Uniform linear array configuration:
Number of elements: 8
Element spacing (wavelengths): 0.75
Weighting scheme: blackman
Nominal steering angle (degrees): -60
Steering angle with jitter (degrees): -60.273
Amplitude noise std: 0.05
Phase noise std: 0.05

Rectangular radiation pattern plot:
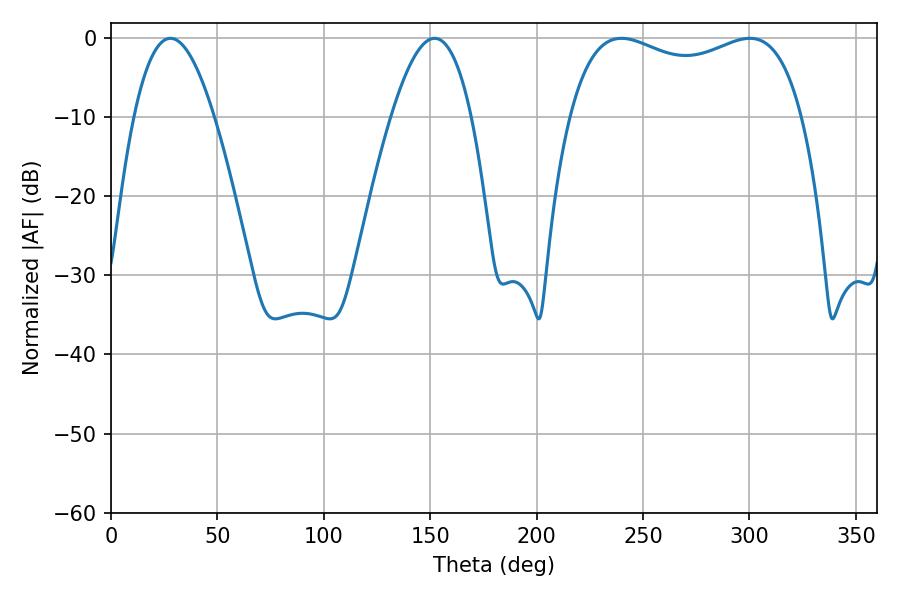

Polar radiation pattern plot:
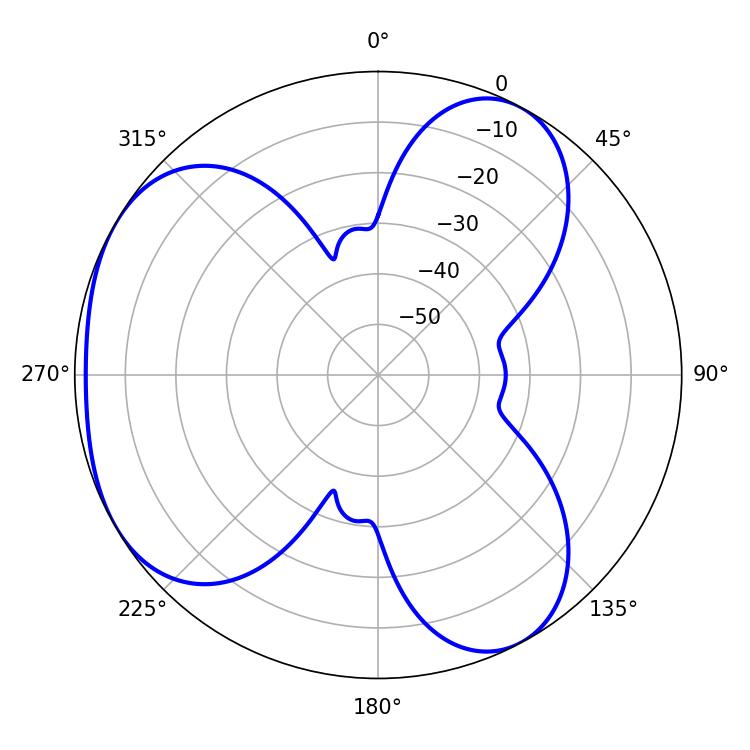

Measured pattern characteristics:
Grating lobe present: TRUE
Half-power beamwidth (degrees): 20.52
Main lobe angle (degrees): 27.9